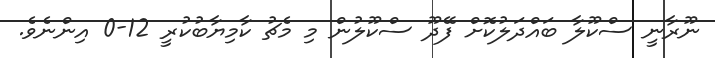
ނޫރާނީ ސްކޫލާ ބައްދަލުކޮށް ފޭދޫ ސްކޫލުން މި މެޗު ކާމިޔާބުކުރީ 12-0 އިންނެވެ.